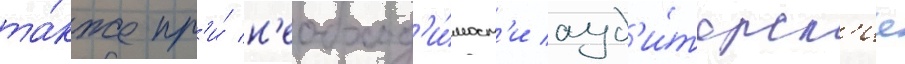
та́кже пр'и́ н'еобход'и́мост'и ауд'и́торск'ие